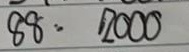
88 = 2000